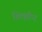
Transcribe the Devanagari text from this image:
शिफौन